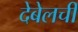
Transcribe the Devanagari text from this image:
देबेलची